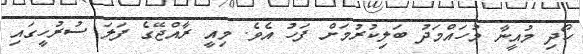
ހޯދި މުއީނާ މުހައްމަދު ބަލިކުރުމަށް ފަހު އެވެ. މިއީ ރާއްޖޭގެ ފަލަ ސުރުހީގައި